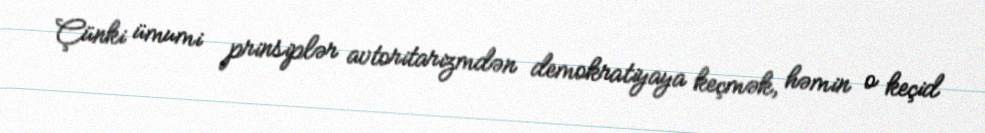
Çünki ümumi prinsiplər avtoritarizmdən demokratiyaya keçmək, həmin o keçid